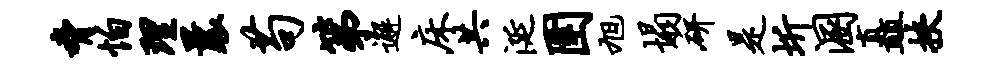
胁怕理曩苟第邂床共涎圉旭塌研是圻溷矗挟